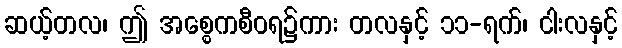
ဆယ့်တလ၊ ဤ အစ္စေကစီဝရ၌ကား တလနှင့် ၁၁-ရက်၊ ငါးလနှင့်